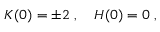
K ( 0 ) = \pm 2 \ , \quad H ( 0 ) = 0 \ ,